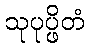
သုပုပ္ဖိတံ